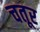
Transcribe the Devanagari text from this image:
चतूर